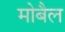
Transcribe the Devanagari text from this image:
मोबैल